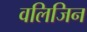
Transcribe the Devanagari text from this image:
वलिजिन